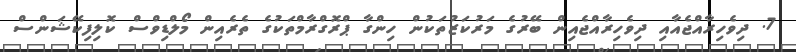
7. ދިވެހިރާއްޖެއާއި ދިވެހިރާއްޖެއިން ބޭރުގެ މަރުކަޒުތަކުން ހިންގާ ޕްރޮގްރާމްތަކުގެ ތެރެއިން މޯލްޑިވްސް ކޮލިފިކޭޝަންސް